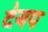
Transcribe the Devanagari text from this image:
देयप